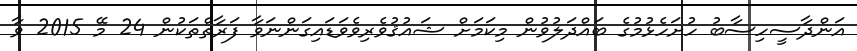
އަންދާސީހިސާބު ހުށަހެޅުމުގެ ބައްދަލުވުން މިކަމަށް ޝައުޤުވެރިވެވަޑައިގަންނަވާ ފަރާތްތަކުން 24 މޭ 2015 ވާ